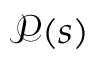
{ \mathcal { P } } ( s )